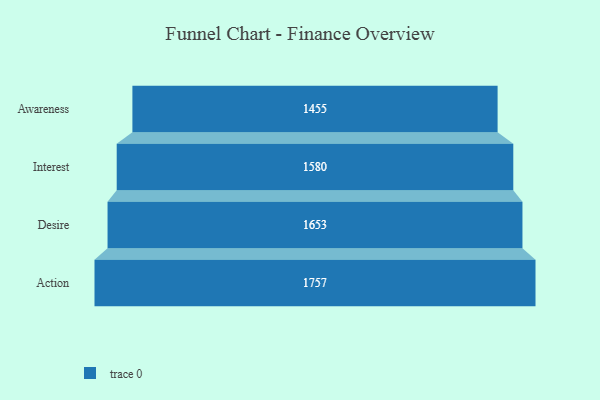
{"axis": {"x": "Stage", "y": "Value"}, "legend": [""], "data": [{"x": "Awareness", "y": 1455.0, "type": ""}, {"x": "Interest", "y": 1580.0, "type": ""}, {"x": "Desire", "y": 1653.0, "type": ""}, {"x": "Action", "y": 1757.0, "type": ""}]}